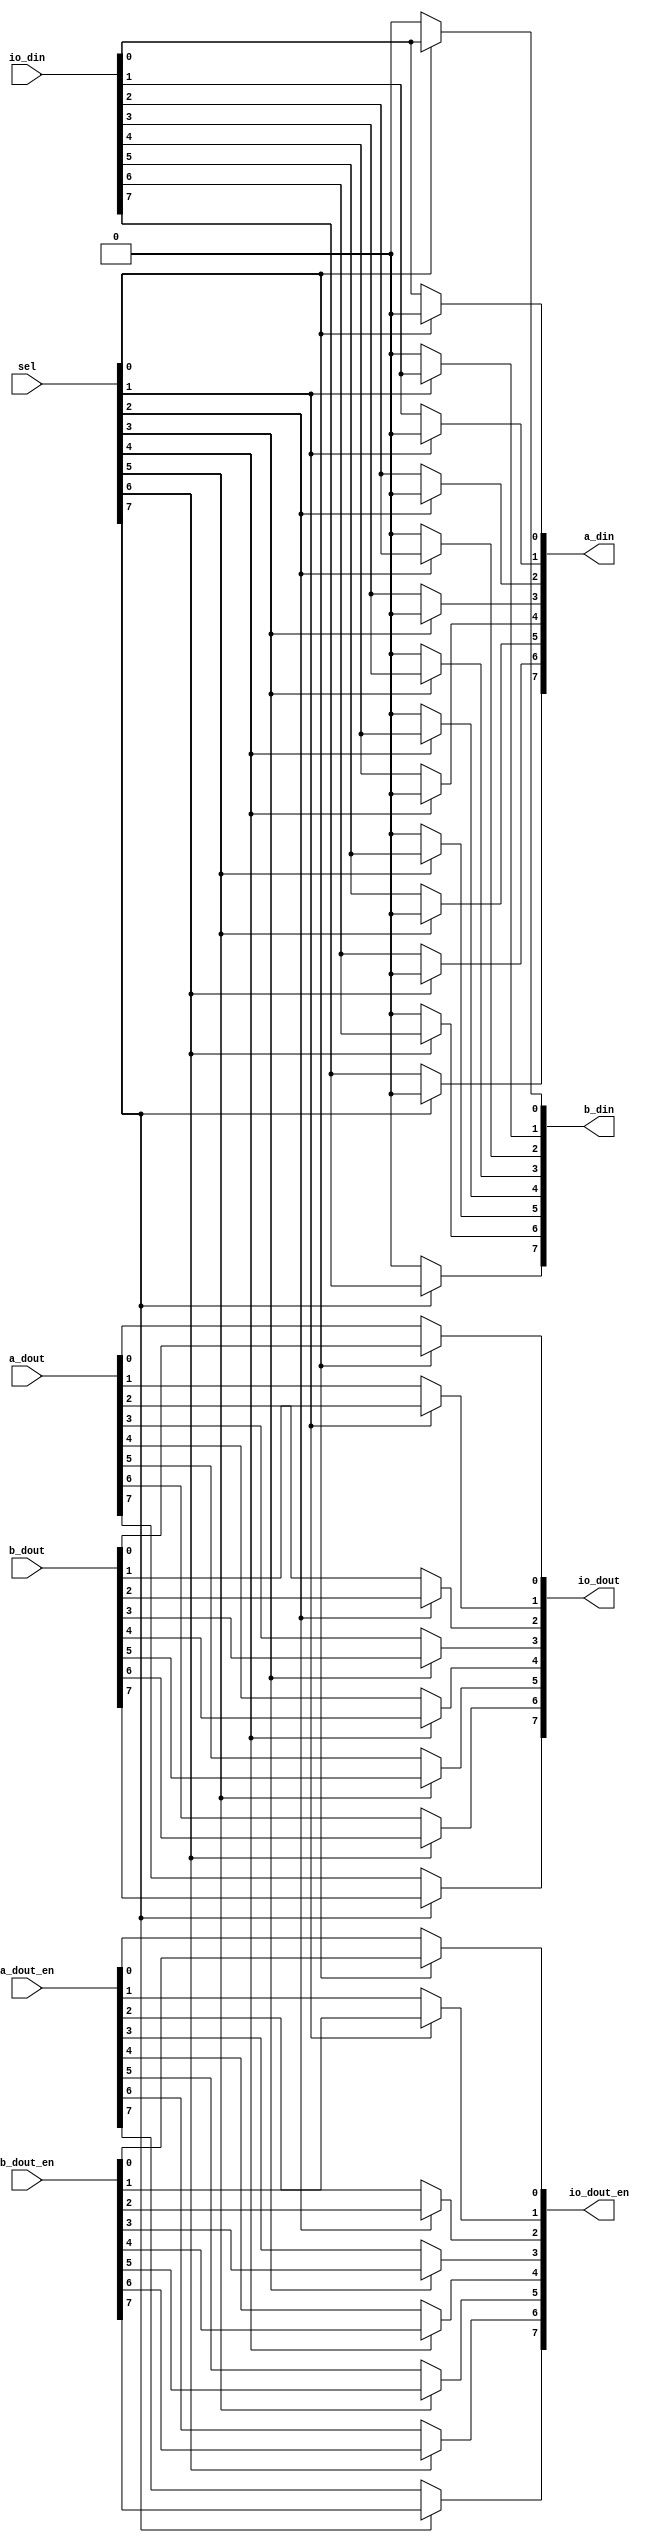
module  io_mux (

// Function A (typically GPIO)
    a_din,
    a_dout,
    a_dout_en,

// Function B (Timer A, ...)
    b_din,
    b_dout,
    b_dout_en,

// IO Cell
    io_din,
    io_dout,
    io_dout_en,

// Function selection (0=A, 1=B)
    sel
);

// PARAMETERs
//============
parameter          WIDTH = 8;
   
// Function A (typically GPIO)
//===============================
output [WIDTH-1:0] a_din;
input  [WIDTH-1:0] a_dout;
input  [WIDTH-1:0] a_dout_en;

// Function B (Timer A, ...)
//===============================
output [WIDTH-1:0] b_din;
input  [WIDTH-1:0] b_dout;
input  [WIDTH-1:0] b_dout_en;

// IO Cell
//===============================
input  [WIDTH-1:0] io_din;
output [WIDTH-1:0] io_dout;
output [WIDTH-1:0] io_dout_en;

// Function selection (0=A, 1=B)
//===============================
input  [WIDTH-1:0] sel;


//=============================================================================
// 1)  I/O FUNCTION SELECTION MUX
//=============================================================================

function [WIDTH-1:0] mux (
   input [WIDTH-1:0] A,
   input [WIDTH-1:0] B,
   input [WIDTH-1:0] SEL
);
   integer i;   
   begin
      mux = {WIDTH{1'b0}};
      for (i = 0; i < WIDTH; i = i + 1)
	mux[i] = sel[i] ? B[i] : A[i];
   end
endfunction


assign a_din      = mux(       io_din, {WIDTH{1'b0}}, sel);
assign b_din      = mux({WIDTH{1'b0}},        io_din, sel);
assign io_dout    = mux(       a_dout,        b_dout, sel);
assign io_dout_en = mux(    a_dout_en,     b_dout_en, sel);

	   
endmodule